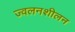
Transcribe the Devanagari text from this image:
ज्वलनशीलन